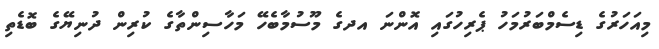
މިއަހަރުގެ ޑިސެމްބަރުމަހު ޕެރިހުގައި އޮންނަ އދގެ މޫސުމާބެހޭ މަހާސިންތާގެ ކުރިން ދުނިޔޭގެ ބޮޑެތި